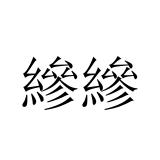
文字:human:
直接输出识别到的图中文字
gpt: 縿縿